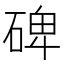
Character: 碑